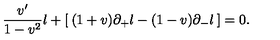
\frac { v ^ { \prime } } { 1 - v ^ { 2 } } l + [ \: ( 1 + v ) \partial _ { + } l - ( 1 - v ) \partial _ { - } l \: ] = 0 .